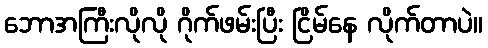
ဘောအကြီးလိုလို ဂိုက်ဖမ်းပြီး ငြိမ်နေ လိုက်တာပဲ။